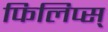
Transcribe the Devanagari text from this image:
फिलिप्स्